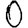
Digit: 0